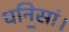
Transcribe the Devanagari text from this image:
धनि॒सां।